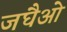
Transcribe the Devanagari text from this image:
जघैओ